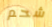
شحم